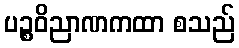
ပဉ္စဝိညာဏကထာ စသည်